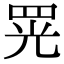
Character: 𦊫